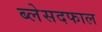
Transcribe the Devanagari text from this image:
ब्लेसदफाल